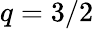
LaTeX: q=3/2